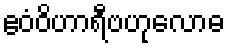
ဧဝံဝိဟာရီဗဟုလောဓ